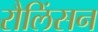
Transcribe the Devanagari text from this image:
रौलिंसन